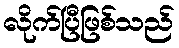
လိုက်ပြီဖြစ်သည်